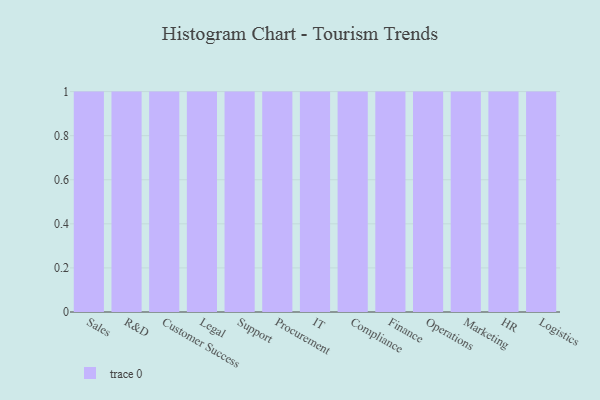
{"axis": {"x": "Department", "y": "Churn Rate (%)"}, "legend": [""], "data": [{"x": "Sales", "y": 51, "type": ""}, {"x": "R&D", "y": 72, "type": ""}, {"x": "Customer Success", "y": 36, "type": ""}, {"x": "Legal", "y": 52, "type": ""}, {"x": "Support", "y": 55, "type": ""}, {"x": "Procurement", "y": 42, "type": ""}, {"x": "IT", "y": 24, "type": ""}, {"x": "Compliance", "y": 38, "type": ""}, {"x": "Finance", "y": 27, "type": ""}, {"x": "Operations", "y": 72, "type": ""}, {"x": "Marketing", "y": 13, "type": ""}, {"x": "HR", "y": 41, "type": ""}, {"x": "Logistics", "y": 52, "type": ""}]}